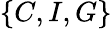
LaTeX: \{ C,I,G\}